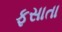
ફસાતા